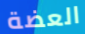
العضة